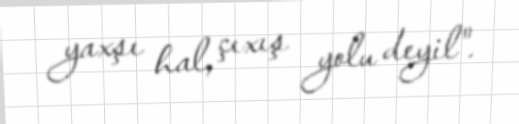
yaxşı hal, çıxış yolu deyil".